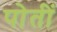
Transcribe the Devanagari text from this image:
पोतीं